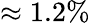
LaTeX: \approx 1.2\%